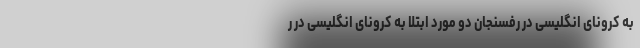
به کرونای انگلیسی در رفسنجان دو مورد ابتلا به کرونای انگلیسی در ر